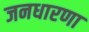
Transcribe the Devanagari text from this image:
जनधारणा